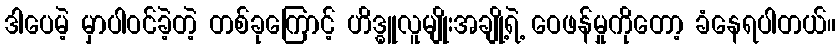
ဒါပေမဲ့ မှာပါဝင်ခဲ့တဲ့ တစ်ခုကြောင့် ဟိဒ္ဓူလူမျိုးအချို့ရဲ့ ဝေဖန်မှုကိုတော့ ခံနေရပါတယ်။